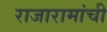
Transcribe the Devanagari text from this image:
राजारामांची